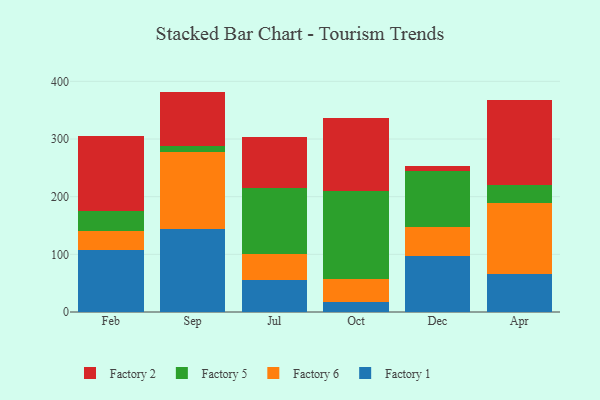
{"axis": {"x": "Month", "y": "Churn Rate (%)"}, "legend": ["Factory 1", "Factory 2", "Factory 5", "Factory 6"], "data": [{"x": "Feb", "y": 108.0, "type": "Factory 1"}, {"x": "Feb", "y": 32.3, "type": "Factory 6"}, {"x": "Feb", "y": 35.6, "type": "Factory 5"}, {"x": "Feb", "y": 130.0, "type": "Factory 2"}, {"x": "Sep", "y": 144.8, "type": "Factory 1"}, {"x": "Sep", "y": 133.1, "type": "Factory 6"}, {"x": "Sep", "y": 9.4, "type": "Factory 5"}, {"x": "Sep", "y": 94.9, "type": "Factory 2"}, {"x": "Jul", "y": 55.3, "type": "Factory 1"}, {"x": "Jul", "y": 46.1, "type": "Factory 6"}, {"x": "Jul", "y": 113.9, "type": "Factory 5"}, {"x": "Jul", "y": 89.0, "type": "Factory 2"}, {"x": "Oct", "y": 17.0, "type": "Factory 1"}, {"x": "Oct", "y": 40.6, "type": "Factory 6"}, {"x": "Oct", "y": 152.4, "type": "Factory 5"}, {"x": "Oct", "y": 126.0, "type": "Factory 2"}, {"x": "Dec", "y": 96.7, "type": "Factory 1"}, {"x": "Dec", "y": 50.5, "type": "Factory 6"}, {"x": "Dec", "y": 97.8, "type": "Factory 5"}, {"x": "Dec", "y": 8.8, "type": "Factory 2"}, {"x": "Apr", "y": 66.6, "type": "Factory 1"}, {"x": "Apr", "y": 122.2, "type": "Factory 6"}, {"x": "Apr", "y": 31.2, "type": "Factory 5"}, {"x": "Apr", "y": 147.9, "type": "Factory 2"}]}